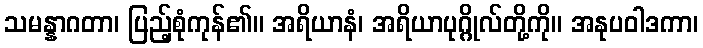
သမန္နာဂတာ၊ ပြည့်စုံကုန်၏။ အရိယာနံ၊ အရိယာပုဂ္ဂိုလ်တို့ကို။ အနုပဝါဒကာ၊